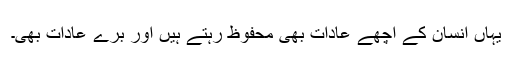
یہاں انسان کے اچھے عادات بھی محفوظ رہتے ہیں اور برے عادات بھی۔